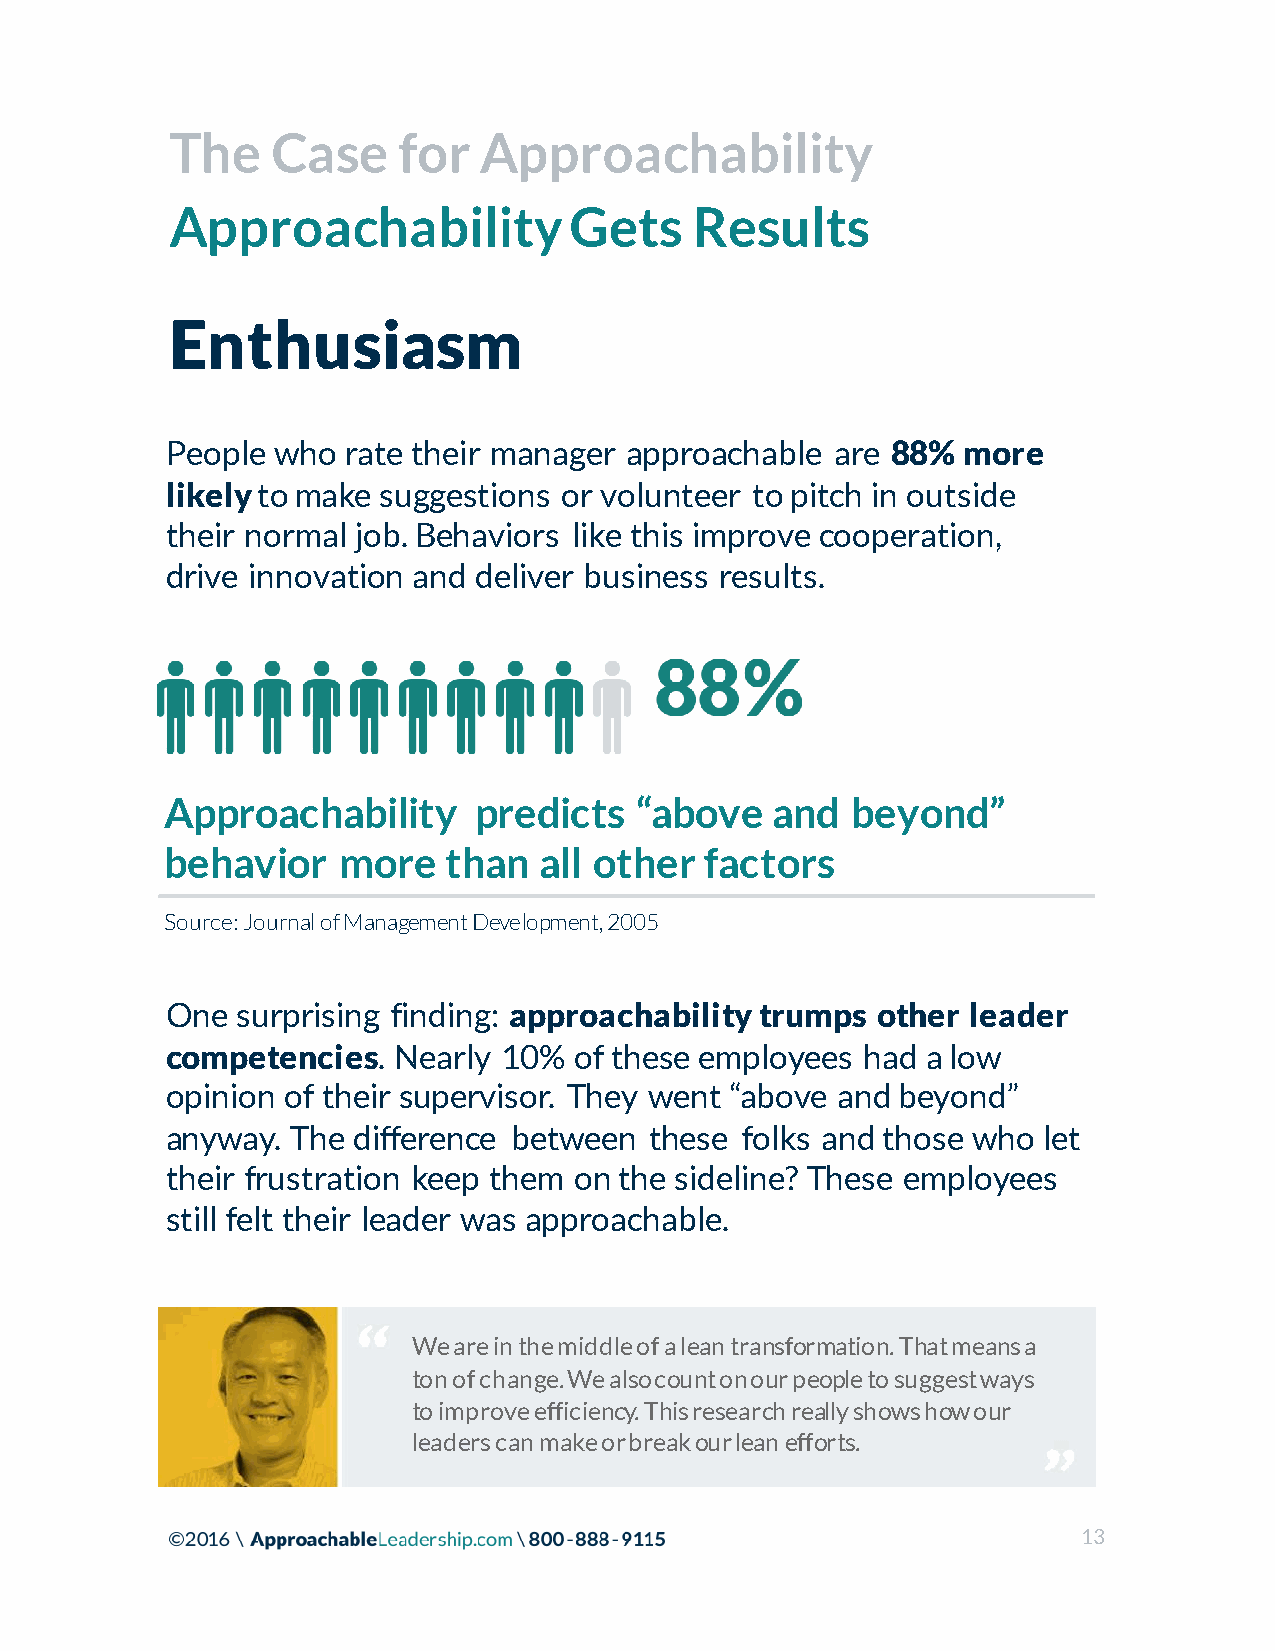
The    Case    for   Approachability
 Approachability            Gets    Results
 Enthusiasm
 People who  rate their manager approachable are 88%  more
 likely to make suggestions or volunteer to pitch in outside
 their normal job. Behaviors like this improve cooperation,
 drive innovation and deliver business results.
 Approachability     predicts   “above   and  beyond”
 behavior   more    than  all other  factors
 Source: Journal of Management Development, 2005
 One  surprising finding: approachability trumps other leader
 competencies.  Nearly 10%  of these employees had a low
 opinion of their supervisor. They went “above and beyond”
 anyway. The difference between  these folks and those who let
 their frustration keep them on the sideline? These employees
 still felt their leader was approachable.
 We are in the middle of a lean transformation. That means a
 ton of change. We also count on our people to suggest ways
 to improve efficiency. This research really shows how our
 leaders can make or break our lean efforts.
 13